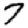
Digit: 7